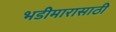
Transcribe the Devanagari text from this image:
भडीमारासाठी